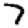
Digit: 7